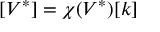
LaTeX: [ V ^ { * } ] = \chi ( V ^ { * } ) [ k ]